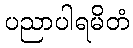
ပညာပါရမိတံ